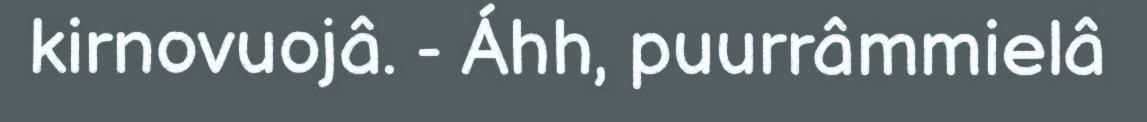
kirnovuojâ. - Áhh, puurrâmmielâ